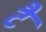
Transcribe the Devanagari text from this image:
टै